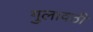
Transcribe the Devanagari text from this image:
गुलावठी